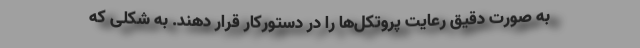
به صورت دقیق رعایت پروتکل‌ها را در دستورکار قرار دهند. به شکلی که